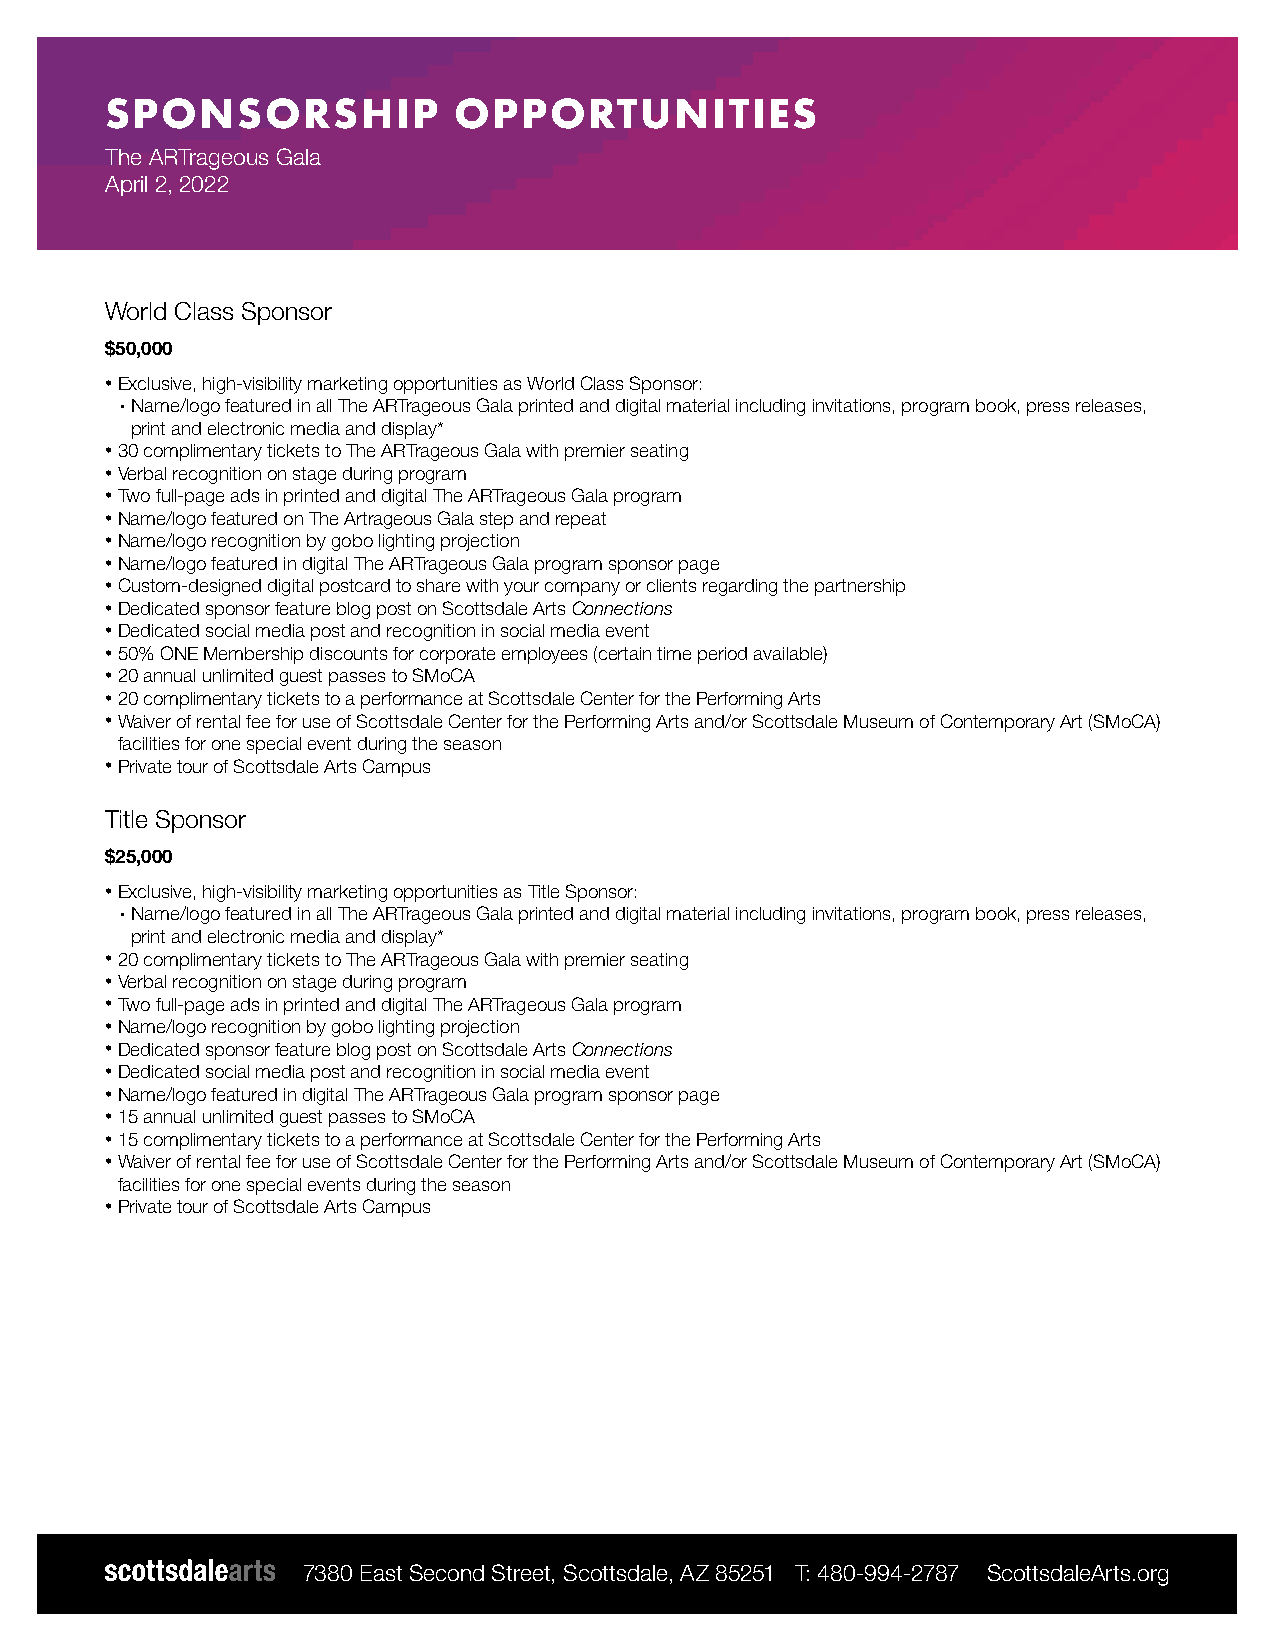
SPONSORSHIP            OPPORTUNITIES
 The ARTrageous Gala
 April 2, 2022
 World Class Sponsor
 $50,000
 • Exclusive, high-visibility marketing opportunities as World Class Sponsor:
 • Name/logo featured in all The ARTrageous Gala printed and digital material including invitations, program book, press releases,
 print and electronic media and display*
 • 30 complimentary tickets to The ARTrageous Gala with premier seating
 • Verbal recognition on stage during program
 • Two full-page ads in printed and digital The ARTrageous Gala program
 • Name/logo featured on The Artrageous Gala step and repeat
 • Name/logo recognition by gobo lighting projection
 • Name/logo featured in digital The ARTrageous Gala program sponsor page
 • Custom-designed digital postcard to share with your company or clients regarding the partnership
 • Dedicated sponsor feature blog post on Scottsdale Arts Connections
 • Dedicated social media post and recognition in social media event
 • 50% ONE Membership discounts for corporate employees (certain time period available)
 • 20 annual unlimited guest passes to SMoCA
 • 20 complimentary tickets to a performance at Scottsdale Center for the Performing Arts
 • Waiver of rental fee for use of Scottsdale Center for the Performing Arts and/or Scottsdale Museum of Contemporary Art (SMoCA)
 facilities for one special event during the season
 • Private tour of Scottsdale Arts Campus
 Title Sponsor
 $25,000
 • Exclusive, high-visibility marketing opportunities as Title Sponsor:
 • Name/logo featured in all The ARTrageous Gala printed and digital material including invitations, program book, press releases,
 print and electronic media and display*
 • 20 complimentary tickets to The ARTrageous Gala with premier seating
 • Verbal recognition on stage during program
 • Two full-page ads in printed and digital The ARTrageous Gala program
 • Name/logo recognition by gobo lighting projection
 • Dedicated sponsor feature blog post on Scottsdale Arts Connections
 • Dedicated social media post and recognition in social media event
 • Name/logo featured in digital The ARTrageous Gala program sponsor page
 • 15 annual unlimited guest passes to SMoCA
 • 15 complimentary tickets to a performance at Scottsdale Center for the Performing Arts
 • Waiver of rental fee for use of Scottsdale Center for the Performing Arts and/or Scottsdale Museum of Contemporary Art (SMoCA)
 facilities for one special events during the season
 • Private tour of Scottsdale Arts Campus
 7380 East Second Street, Scottsdale, AZ 85251 T: 480-994-2787 ScottsdaleArts.org